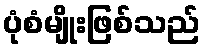
ပုံစံမျိုးဖြစ်သည်